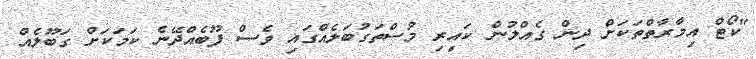
"ކޯޓް އިމާރާތްތަކަށް ދިން ގެއްލުން ކައިރި މުސްތަގުބަލެއްގައި ވެސް ފޫބެއްދޭނެ ކަމަކަށް ގަބޫލެއް